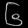
Digit: ၆